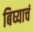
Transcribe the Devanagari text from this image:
बिघ्याचं